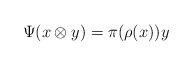
LaTeX: \begin{align*}\Psi (x\otimes y) = \pi (\rho(x))y\end{align*}